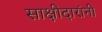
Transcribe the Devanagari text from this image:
साक्षीदारांनी